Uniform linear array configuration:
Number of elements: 24
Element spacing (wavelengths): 0.5
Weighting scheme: kaiser
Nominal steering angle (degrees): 45
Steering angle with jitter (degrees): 44.434
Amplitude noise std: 0.05
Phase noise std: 0.05

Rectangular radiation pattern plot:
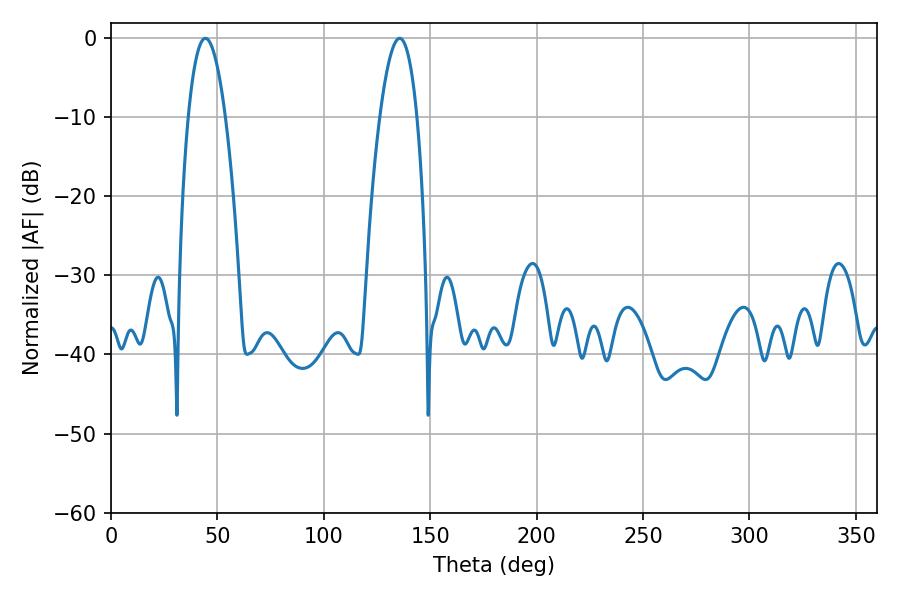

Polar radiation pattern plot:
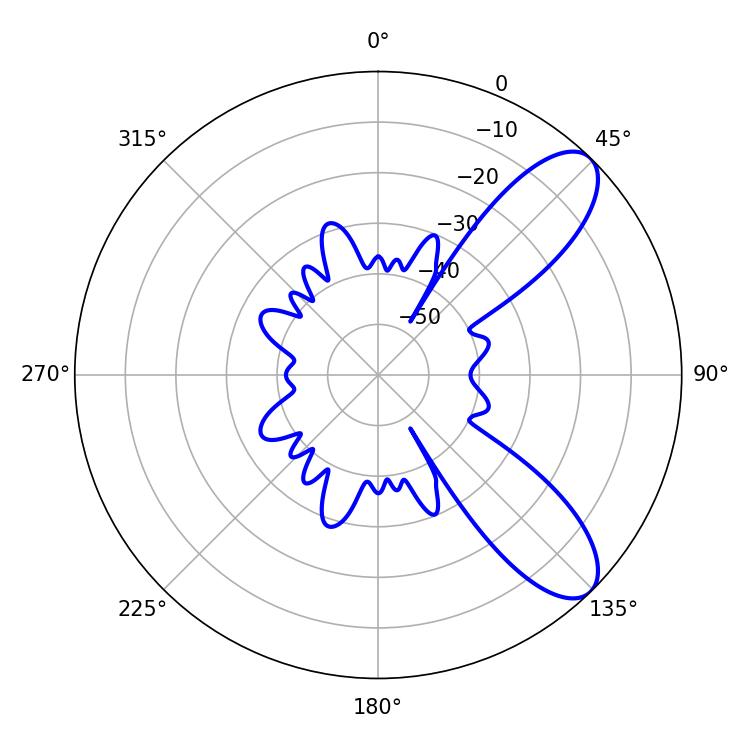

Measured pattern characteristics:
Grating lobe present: FALSE
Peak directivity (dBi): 8.982
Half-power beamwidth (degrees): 9.54
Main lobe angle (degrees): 44.28